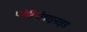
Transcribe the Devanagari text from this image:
प्लेटिनोसाइनाइड